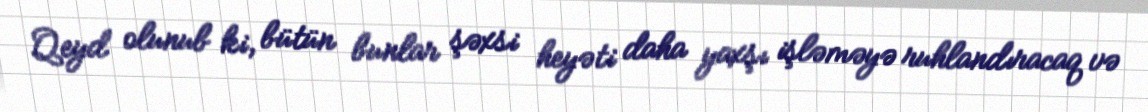
Qeyd olunub ki, bütün bunlar şəxsi heyəti daha yaxşı işləməyə ruhlandıracaq və